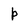
Character: p